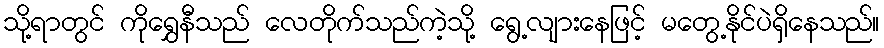
သို့ရာတွင် ကိုရွှေနီသည် လေတိုက်သည်ကဲ့သို့ ရွေ့လျားနေဖြင့် မတွေ့နိုင်ပဲရှိနေသည်။